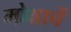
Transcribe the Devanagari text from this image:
मोक्षाचें